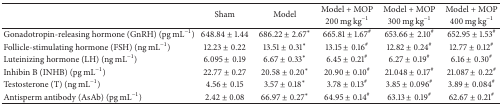
<table><thead><tr><td rowspan="2"><b> </b></td><td rowspan="2"><b>Sham</b></td><td rowspan="2"><b>Model</b></td><td><b>Model + MOP</b></td><td><b>Model + MOP</b></td><td><b>Model + MOP</b></td></tr><tr><td><b>200 mg kg<sup>−1</sup></b></td><td><b>300 mg kg<sup>−1</sup></b></td><td><b>400 mg kg<sup>−1</sup></b></td></tr></thead><tbody><tr><td>Gonadotropin-releasing hormone (GnRH) (pg mL<sup>−1</sup>)</td><td>648.84 ± 1.44</td><td>686.22 ± 2.67<sup><i>∗</i></sup></td><td>665.81 ± 1.67<sup>#</sup></td><td>653.66 ± 2.10<sup>#</sup></td><td>652.95 ± 1.53<sup>#</sup></td></tr><tr><td>Follicle-stimulating hormone (FSH) (ng mL<sup>−1</sup>)</td><td>12.23 ± 0.22</td><td>13.51 ± 0.31<sup><i>∗</i></sup></td><td>13.15 ± 0.16<sup>#</sup></td><td>12.82 ± 0.24<sup>#</sup></td><td>12.77 ± 0.12<sup>#</sup></td></tr><tr><td>Luteinizing hormone (LH) (ng mL<sup>−1</sup>)</td><td>6.095 ± 0.19</td><td>6.67 ± 0.33<sup><i>∗</i></sup></td><td>6.45 ± 0.21<sup>#</sup></td><td>6.27 ± 0.19<sup>#</sup></td><td>6.16 ± 0.30<sup>#</sup></td></tr><tr><td>Inhibin B (INHB) (pg mL<sup>−1</sup>)</td><td>22.77 ± 0.27</td><td>20.58 ± 0.20<sup><i>∗</i></sup></td><td>20.90 ± 0.10<sup>#</sup></td><td>21.048 ± 0.17<sup>#</sup></td><td>21.087 ± 0.22<sup>#</sup></td></tr><tr><td>Testosterone (T) (ng mL<sup>−1</sup>)</td><td>4.56 ± 0.15</td><td>3.57 ± 0.18<sup><i>∗</i></sup></td><td>3.78 ± 0.13<sup>#</sup></td><td>3.85 ± 0.096<sup>#</sup></td><td>3.89 ± 0.084<sup>#</sup></td></tr><tr><td>Antisperm antibody (AsAb) (pg mL<sup>−1</sup>)</td><td>2.42 ± 0.08</td><td>66.97 ± 0.27<sup><i>∗</i></sup></td><td>64.95 ± 0.14<sup>#</sup></td><td>63.13 ± 0.19<sup>#</sup></td><td>62.67 ± 0.21<sup>#</sup></td></tr></tbody></table>